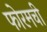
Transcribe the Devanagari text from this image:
फोरमची